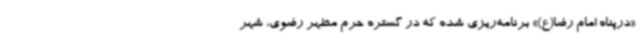
«درپناه امام رضا(ع)» برنامه‌ریزی شده که در گستره‌ حرم مطهر رضوی، شهر